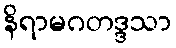
နိရာမဂတဒ္ဒသာ